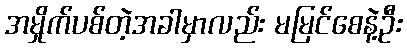
အမှိုက်ပစ်တဲ့အခါမှာလည်း မမြင်စေနဲ့ဦး